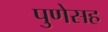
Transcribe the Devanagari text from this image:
पुणेसह